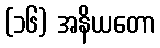
(၁၆) အနိယတော